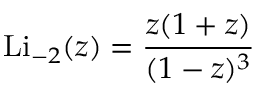
\operatorname { L i } _ { - 2 } ( z ) = { \frac { z ( 1 + z ) } { ( 1 - z ) ^ { 3 } } }